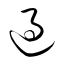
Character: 過